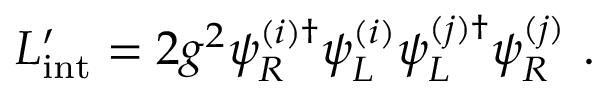
{ \cal L } _ { \mathrm { i n t } } ^ { \prime } = 2 g ^ { 2 } \psi _ { R } ^ { ( i ) \dagger } \psi _ { L } ^ { ( i ) } \psi _ { L } ^ { ( j ) \dagger } \psi _ { R } ^ { ( j ) } \ .